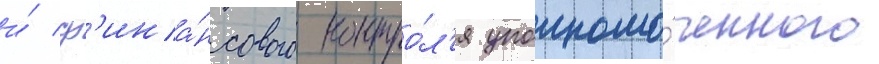
и́ ф'ина́нсового контро́л'я уполномо́ченного